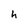
Character: h